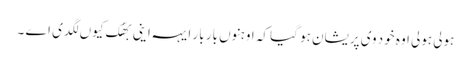
ہولی ہولی اوہ خود وی پریشان ہو گیا کہ اوہنوں بار بار ایہہ اینی بھُک کیوں لگدی اے ۔